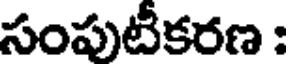
సంపుటీకరణ :